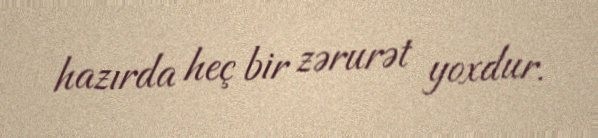
hazırda heç bir zərurət yoxdur.